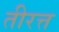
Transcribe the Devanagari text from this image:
तीरत्त